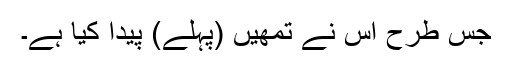
جس طرح اس نے تمھیں (پہلے) پیدا کیا ہے۔